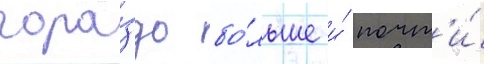
гора́здо бо́льше и́ почт'и́